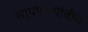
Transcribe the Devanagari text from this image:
छापणाऱ्यांनीच